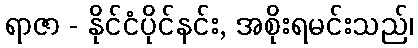
ရာဇာ - နိုင်ငံပိုင်နင်း, အစိုးရမင်းသည်၊